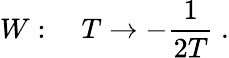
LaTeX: W:\quad T\rightarrow-\frac{1}{2T}\ .